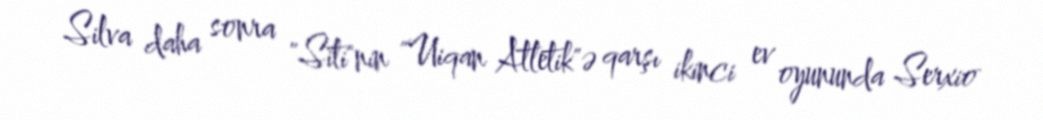
Silva daha sonra "Siti"nin "Uiqan Atletik"ə qarşı ikinci ev oyununda Serxio